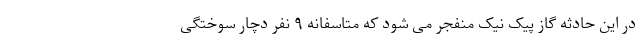
در این حادثه گاز پیک نیک منفجر می شود که متاسفانه ۹ نفر دچار سوختگی